Annual administration and progress report of the Indian Medical Department, Bombay
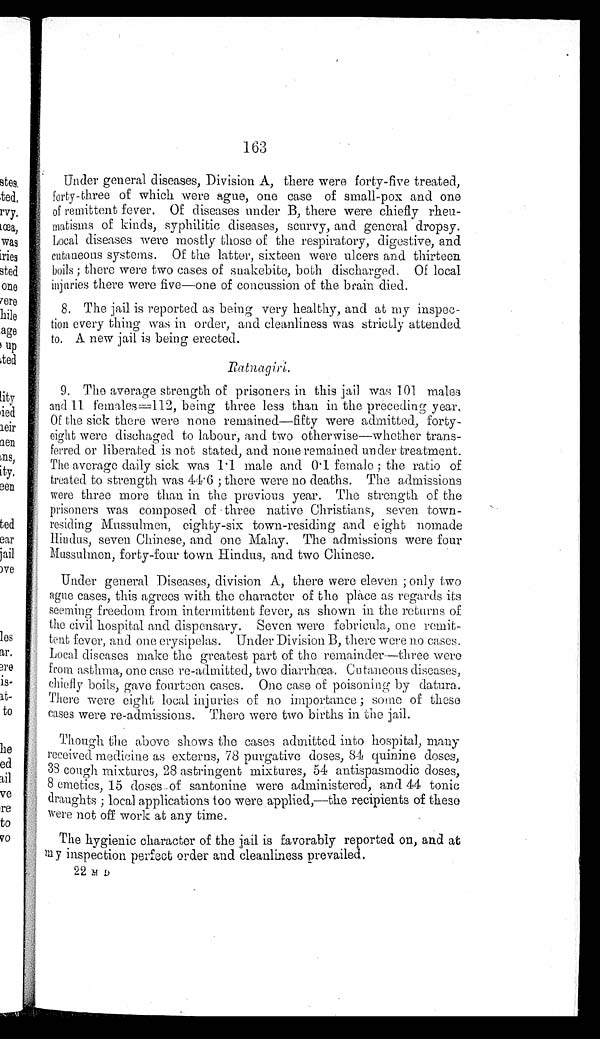
163
Under general diseases, Division A, there were forty-five treated,
forty-three of which were ague, one case of small-pox and one
of remittent fever. Of diseases under B, there were chiefly rheu-
matisms of kinds, syphilitic diseases, scurvy, and general dropsy.
Local diseases were mostly those of the respiratory, digestive, and
cutaneous systems. Of the latter, sixteen were ulcers and thirteen
boils; there were two cases of snakebite, both discharged. Of local
injuries there were five—one of concussion of the brain died.
8. The jail is reported as being very healthy, and at my inspec
-
tion every thing was in order, and cleanliness was strictly attended
to. A new jail is being erected.
Ratnagiri.
and 11 females=112, being three less than in the preceding year.
Of the sick there were none remained—fifty were admitted, forty
-
eight were dischaged to labour, and two otherwise—whether trans
-
ferred or liberated is not stated, and none remained under treatment.
The average daily sick was 1.1 male and 0.1 female ; the ratio of
treated to strength was 44.6; there were no deaths. The admissions
were three more than in the previous year. The strength of the
prisoners was composed of three native Christians, seven town
-
residing Mussulmen, eighty-six town-residing and eight nomade
Hindus, seven Chinese, and one Malay. The admissions were four
Mussulmen, forty-four town Hindus, and two Chinese.
Under general Diseases, division A, there were eleven ; only two
ague cases, this agrees with the character of the place as regards its
seeming freedom from intermittent fever, as shown in the returns of
the civil hospital and dispensary. Seven were febricula, one remit
-
tent fever, and one erysipelas. Under Division B, there were no cases.
Local diseases make the greatest part of the remainder—three were
from asthma, one case re-admitted, two diarrhœa. Cutaneous diseases,
chiefly boils, gave fourteen cases. One case of poisoning by datura.
There were eight local injuries of no importance ; some of these
cases were re-admissions. There were two births in the jail.
Though the above shows the cases admitted into hospital, many
received medicine as externs, 78 purgative doses, 84 quinine doses,
38 cough mixtures, 28 astringent mixtures, 54 antispasmodic doses,
8 emetics, 15 doses of santonine were administered, and 44 tonic
draughts ; local applications too were applied,— the recipients of these
were not off work at any time.
The hygienic character of the jail is favorably reported on, and at
my inspection perfect order and cleanliness prevailed.
22 M D